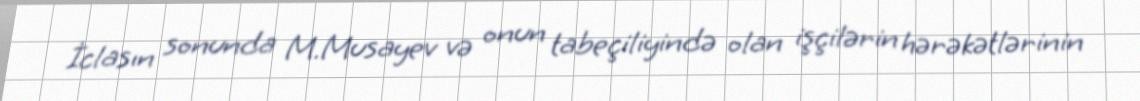
İclasın sonunda M.Musayev və onun tabeçiliyində olan işçilərin hərəkətlərinin